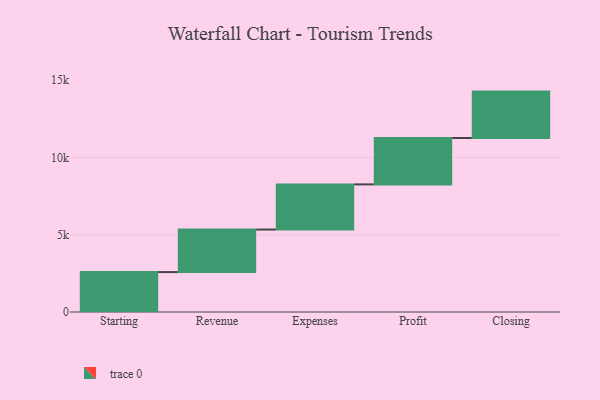
{"axis": {"x": "Step", "y": "Value"}, "legend": [""], "data": [{"x": "Starting", "y": 2581.0, "type": ""}, {"x": "Revenue", "y": 2750.0, "type": ""}, {"x": "Expenses", "y": 2921.0, "type": ""}, {"x": "Profit", "y": 3000, "type": ""}, {"x": "Closing", "y": 3000, "type": ""}]}